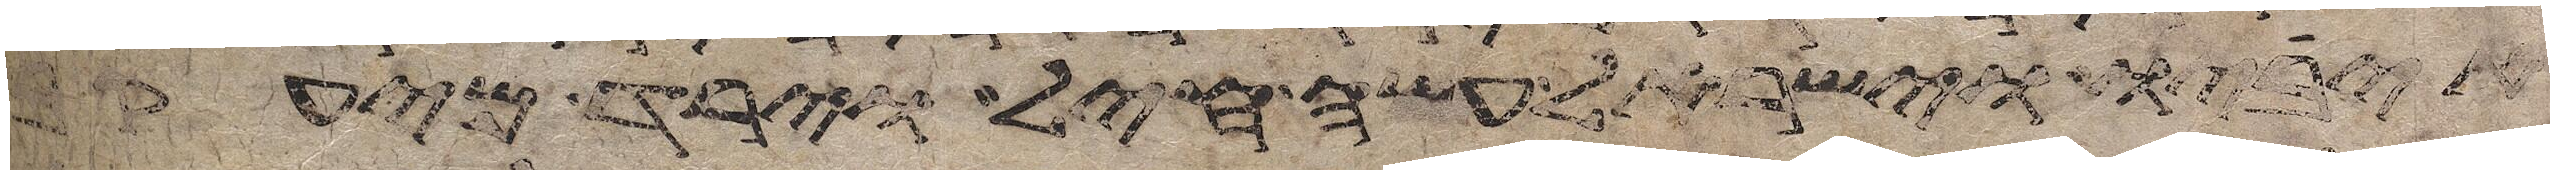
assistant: איביו וישראל עשה חיל וירד מיעקב